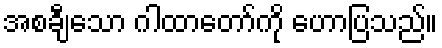
အစချီသော ဂါထာတော်ကို ဟောပြသည်။